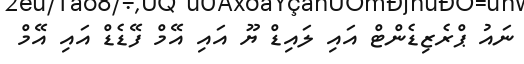
ނައު ޕްރެޒިޑެންޓް އައި ލައިޑް ޔޫ އައި އޭމް ފޭޑެޑް އައި އޭމް